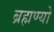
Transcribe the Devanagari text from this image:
ब्रह्मण्यो